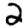
Digit: 2